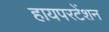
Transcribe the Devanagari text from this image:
हायपरटेंशन